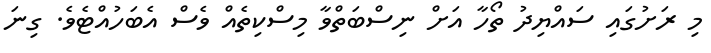
މި ރަށުގައި ސައްޔިދު ތޯހާ އަށް ނިސްބަތްވާ މިސްކިތެއް ވެސް އެބަހުއްޓެވެ. ގިނަ